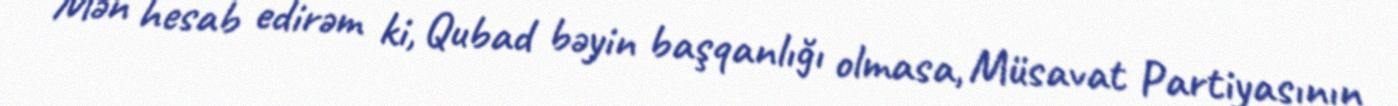
Mən hesab edirəm ki, Qubad bəyin başqanlığı olmasa, Müsavat Partiyasının